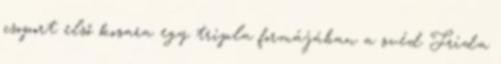
csoport első kosara egy tripla formájában a svéd Frida